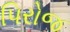
પિરોજ